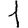
Digit: 1